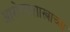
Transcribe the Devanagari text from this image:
आरोग्यशास्त्राच्या